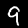
Digit: 9